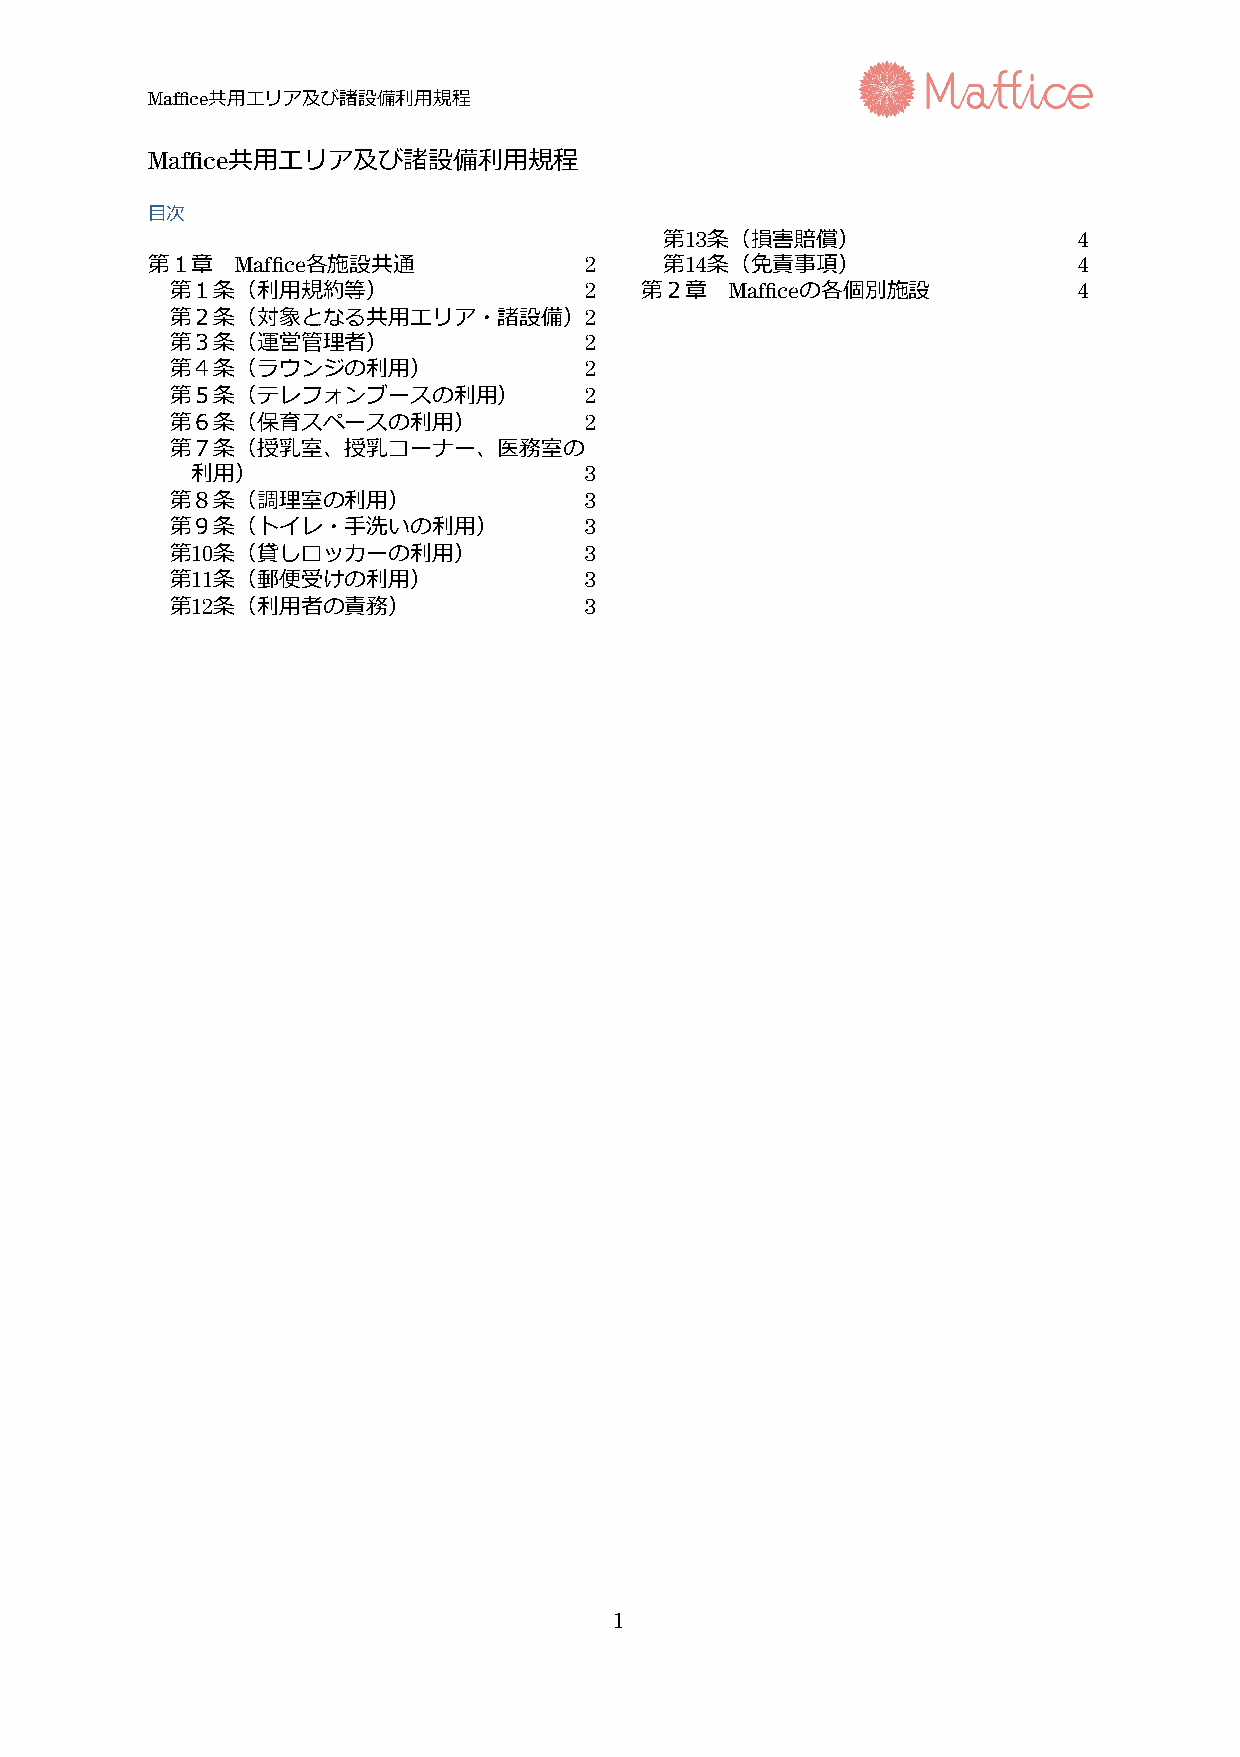
Maffice 共 ⽤ エ リ ア 及 び 諸 設 備 利 ⽤ 規 程
 Maffice共 ⽤ エ リ ア 及 び 諸 設 備 利 ⽤ 規 程
 ⽬ 次
 第 13 条 （損 害 賠 償）           4
 第 １ 章 Maffice各 施 設 共 通       2    第 14 条 （免 責 事 項）           4
 第 １ 条 （利 ⽤ 規 約 等）           2  第 ２ 章 Mafficeの 各 個 別 施 設     4
 第 ２ 条 （対 象 と な る 共 ⽤ エ リ ア・ 諸 設 備） 2
 第 ３ 条 （運 営 管 理 者）           2
 第 ４ 条 （ラ ウ ン ジ の 利 ⽤）       2
 第 ５ 条 （テ レ フォ ン ブー ス の 利 ⽤） 2
 第 ６ 条 （保 育 ス ペー ス の 利 ⽤）    2
 第 ７ 条 （授 乳 室、 授 乳 コー ナー、 医 務 室 の
 利 ⽤）                      3
 第 ８ 条 （調 理 室 の 利 ⽤）         3
 第 ９ 条 （ト イ レ・ ⼿ 洗 い の 利 ⽤）  3
 第 10 条 （貸 し ロッ カー の 利 ⽤）    3
 第 11 条 （郵 便 受 け の 利 ⽤）      3
 第 12 条 （利 ⽤ 者 の 責 務）        3
 1